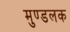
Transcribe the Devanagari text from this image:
मुण्डलक